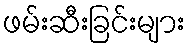
ဖမ်းဆီးခြင်းများ